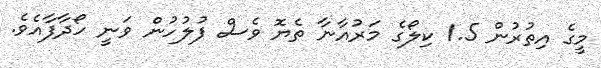
މީގެ އިތުރުން 1.5 ކިލޯގެ މަރުއާނާ ތެޔޮ ވެސް ފުލުހުން ވަނީ ހޯދާފާއެވެ.